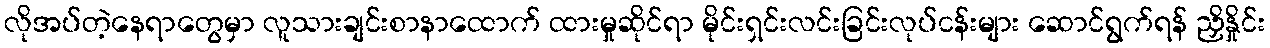
လိုအပ်တဲ့နေရာတွေမှာ လူသားချင်းစာနာထောက် ထားမှုဆိုင်ရာ မိုင်းရှင်းလင်းခြင်းလုပ်ငန်းများ ဆောင်ရွက်ရန် ညှိနှိုင်း